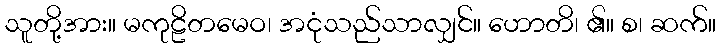
သူတို့အား။ မကုဠိတမေဝ၊ အငုံသည်သာလျှင်။ ဟောတိ၊ ၏။ စ၊ ဆက်။